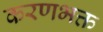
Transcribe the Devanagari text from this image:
करणभक्त